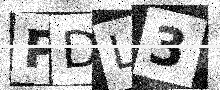
Text: PDL3